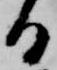
る